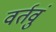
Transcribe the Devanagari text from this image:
वर्तवुं